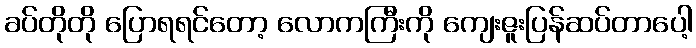
ခပ်တိုတို ပြောရရင်တော့ လောကကြီးကို ကျေးဇူးပြန်ဆပ်တာပေါ့